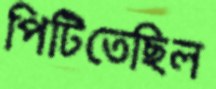
পিটিতেছিল